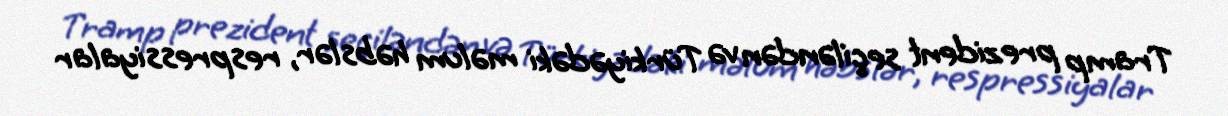
Tramp prezident seçiləndən və Türkiyədəki məlum həbslər, respressiyalar